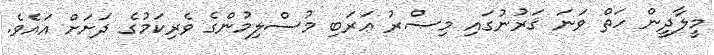
މީލާދީން ހަތް ވަނަ ޤަރުނުގައި މިޞްރު ޢަރަބި މުސްލިމުންގެ ވެރިކަމުގެ ދަށަށް އައެވެ.